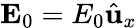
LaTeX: \mathbf{E}_{0}=E_{0}\hat{\mathbf{u}}_{x}